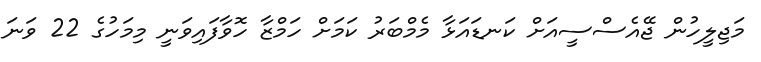
މަޖިލީހުން ޖޭއެސްސީއަށް ކަނޑައަޅާ މެމްބަރު ކަމަށް ހަމްޒާ ހޮވާފައިވަނީ މިމަހުގެ 22 ވަނަ